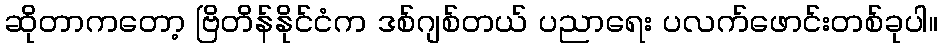
ဆိုတာကတော့ ဗြိတိန်နိုင်ငံက ဒစ်ဂျစ်တယ် ပညာရေး ပလက်ဖောင်းတစ်ခုပါ။